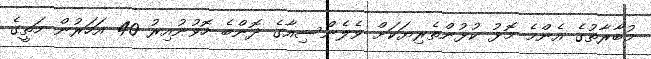
މުބާރާތުގެ އެންމެ މޮޅު ކުޅުންތެރިޔަކަށް ވެލެންސިއާގެ ދޮންބެ ހޮވުނުއިރު 40 އަހަރުން މަތީގެ